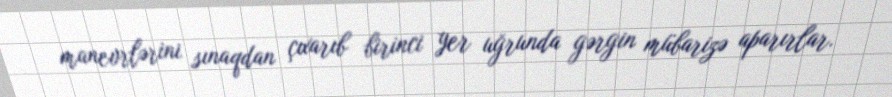
manevrlərini sınaqdan çıxarıb birinci yer uğrunda gərgin mübarizə aparırlar.